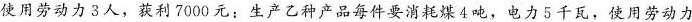
使用劳动力3人，获利7000元；生产乙种产品每件要消耗煤4吨，电力5千瓦，使用劳动力